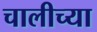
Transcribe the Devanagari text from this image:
चालीच्या